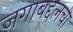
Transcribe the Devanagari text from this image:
जगाबद्दलचा